Report on malaria in the Punjab during the year ...  together with an account of the work of the Punjab Malaria Bureau - Volume 5
Disease focus: Malaria
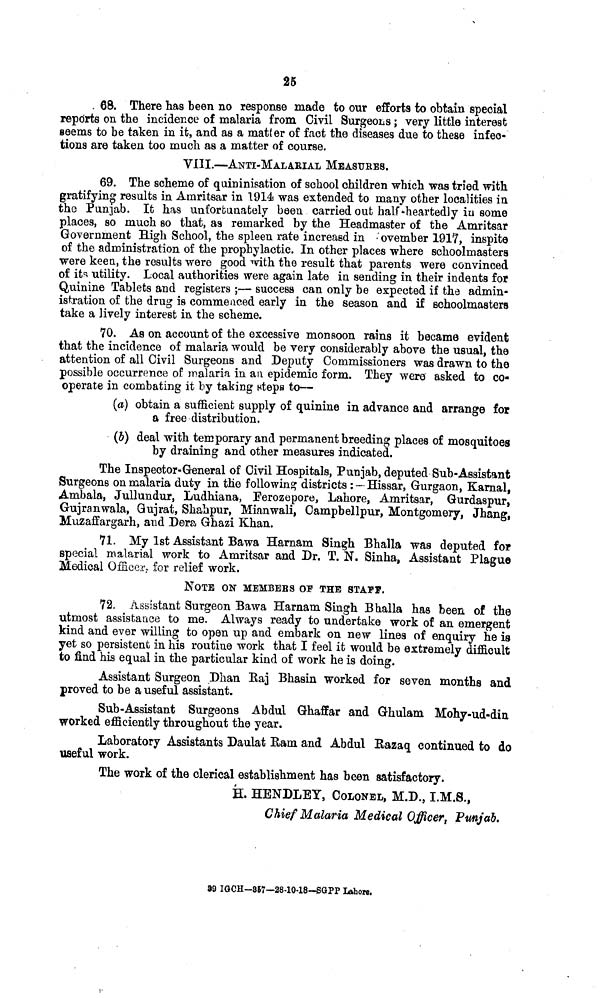
ix
TABLE 111.
SHOWING THE MONTHLY FEVER MORTALLY OF THE TOWNS AND RURAL CIRCLES OF THE PUNJAB
FOR THE YEAR 1917-
Register of" Fever " Deaths in tlis Punjab in the District of Hissar during the year 1917.
[ Serial No.
1
2
3
4
5
6
7
8
9
10
11
12
18
14
15
16
17
18
19
20
21
22
23
24
25
26
27
Registration unit.
Hissar
Hansi
Bhiwani
Sirsa
Fattehabad
...
...
...
...
Total of towns
Hissar
Barwala
Balsamand
Siwani
Hansi
Narnannd
Bhiwani
Kairoo
Tosham
Bahal
Fattehabad
Ratia
Budhlada
Tohana
Bahuna
Sirsa
Jamal
Rania
Ellenabad
Rori
Dabwali
Chowtala
...
...
...
...
...
...
...
...
...
...
...
...
...
...
...
...
...
Total of rural circles
...
...
...
...
...
...
...
...
...
...
...
...
...
Total of towns and rural
circles.
12
9
12
19
2
54
99
39
24
16
99
34
36
14
29
5
88
35
14
31
52
63
15
53
24
55
33
20
878
932
February.
7
4
18
14
4
47
63
27
24
30
90
50
21
23
18
3
96
32
10
35
34
33
23
45
22
34
41
22
776
823
March.
10
11
25
19
65
85
33
39
33
139
74
34
19
31
6
97
42
9
21
64
.67
23
86
22
43
33
28
1,028
1,093
April.
12
9
20
12
1
54
92
33
62
24
159
85
33
21
42
1
123
36
15
47
76
75
29
78
34
39
38
50
1,187
1,241
May.
9
9
25
14
1
58
102
26
62
15
172
73
28
25
29
8
107
53
13
47
62
78
21
78
18
70
35
7
1,159
1,217
June.
24
16
36
20
96
124
47
59
15
219
87
24
22
34
2
137
53
18
54
103
60
24
91
16
80
64
23
1,356
1,452
July.
1
19
.6
18
12
55
143
73
60
22
211
108
28
16
46
7
111
69
23
55
101
61
32
64
19
65
32
17
1,363
1,418
August.
19
6
25
10
1
61
91
40
42
11
181
74
41
13
37
4
100
33
11
46
68
48
8
50
11
29
25
17
980
1,041
September.
50
10
35
39
3
137
105
40
35
13
161
100
40
20
47
6
112
62
11
53
74
60
16
45
18
41
28
29
1,116
1,253
October.
45
25
52
84
...
206
251
59
78
68
387
174
91
57
106
20
257
135
31
122
169
333
90
211
81
142
102
66
3,030
3,236
November.
31
85
61
148
4
829
289
105
186
91
414
180
95
56
126
21
442
182
40
112
146
589
113
215
116
261
115
82
3,926
4,255
December.
1
16
81
39
56
1
143
160
50
73
33
258
120
76
36
65
7
262
142
32
77
82
329
57
196
65
105
56
81
2,812
2,455
TOTAL.
254
221
366
447
17
1,305
1,604
572
694
371
2,490
1,159
547
322
610
90
1,982
874
227
700
1,031
1,796
451
1,807
446
964
602
422
19,111
30,416